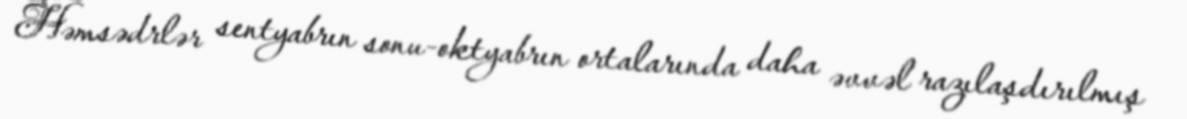
Həmsədrlər sentyabrın sonu-oktyabrın ortalarında daha əvvəl razılaşdırılmış